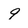
Character: 9